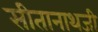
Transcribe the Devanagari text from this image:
सीतानाथजी